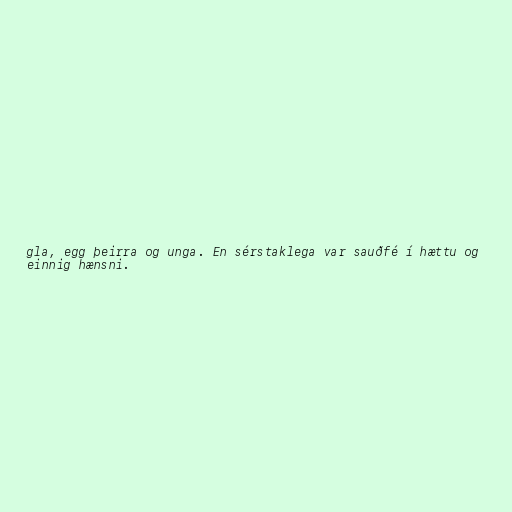
gla, egg þeirra og unga. En sérstaklega var sauðfé í hættu og
einnig hænsni.